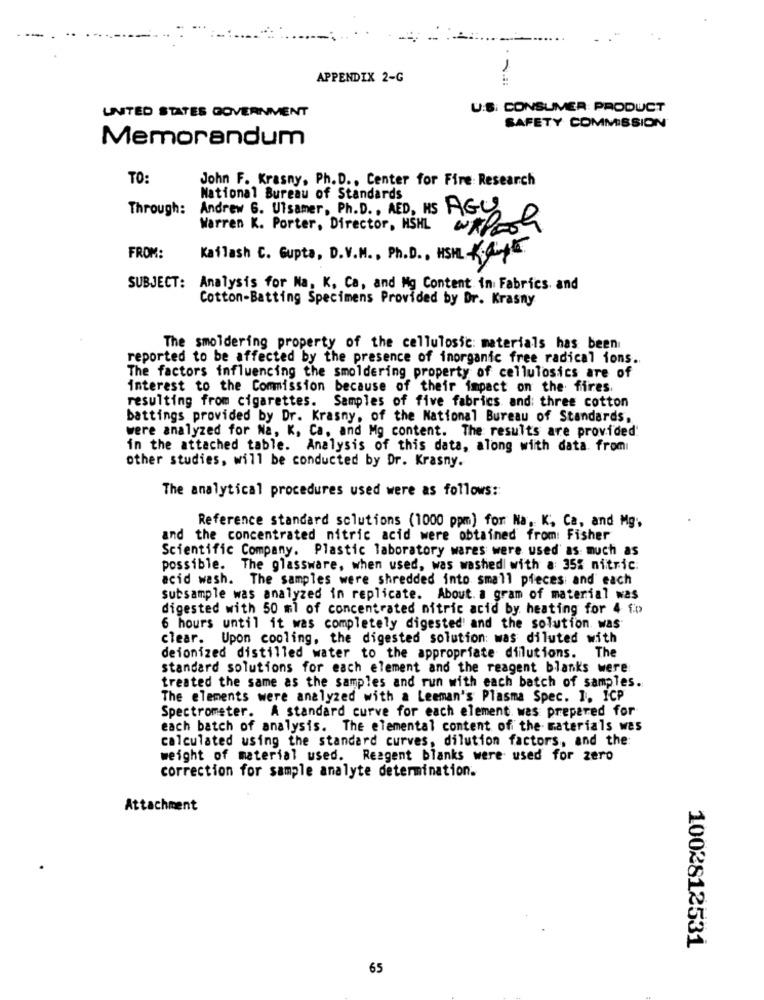
1
APPENDIX 2-G
UNITED STATES GOVERNMENT
U.S. CONSUMER PRODUCT
SAFETY COMMISSION
Memorandum
TO:
John F. Krasny, Ph. D ., Center for Fire: Research
National Bureau of Standards
Through:
Andrew 6. Ulsamer, Ph. D. , AED, HS AGO
Warren K. Porter, Director, HSHL
FROM:
Kaflash C. Gupta, D.V.M ., Ph.D ., HSUL Ky.
SUBJECT: Analysis for Na, K, Ca, and Mg Content in Fabrics and
Cotton-Batting Specimens Provided by Dr. Krasny
The smoldering property of the cellulosic: materials has been
reported to be affected by the presence of inorganic free radical ions.
The factors influencing the smoldering property of cellulosics are of
interest to the Commission because of their impact on the fires.
resulting from cigarettes. Samples of five fabrics and three cotton
battings provided by Dr. Krasny, of the National Bureau of Standards,
were analyzed for Na, K, Ca, and Mg content. The results are provided.
in the attached table. Analysis of this data, along with data from
other studies, will be conducted by Dr. Krasny.
The analytical procedures used were as follows:
Reference standard solutions (1000 ppm) for Na, K. Ca, and Mg;
and the concentrated nitric acid were obtained from: Fisher
Scientific Company. Plastic laboratory wares were used as much as
possible. The glassware, when used, was washed with a 35% nitric.
acid wash. The samples were shredded into small pieces and each
subsample was analyzed in replicate. About. a gram of material was
digested with 50 ml of concentrated nitric acid by heating for 4 fo
6 hours until it was completely digested' and the solution was
clear. Upon cooling, the digested solution: was diluted with
deionized distilled water to the appropriate dilutions. The
standard solutions for each element and the reagent blanks were
treated the same as the samples and run with each batch of samples.
The elements were analyzed with a Leeman's Plasma Spec. 1. ICP
Spectrometer. A standard curve for each element. was prepared for
each batch of analysis. The elemental content of the materials was
calculated using the standard curves, dilution factors, and the
weight of material used. Reagent blanks were used for zero
correction for sample analyte determination.
Attachment
1002812531
65